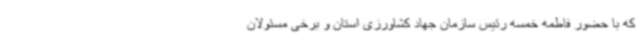
که با حضور فاطمه خمسه رئیس سازمان جهاد کشاورزی استان و برخی مسئولان